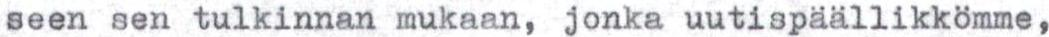
seen sen tulkinnan mukaan, jonka uutispäällikkömme,